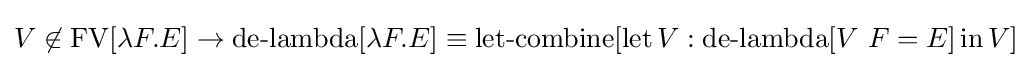
V\not \in \operatorname {FV} [\lambda F.E]\to \operatorname {de-lambda} [\lambda F.E]\equiv \operatorname {let-combine} [\operatorname {let} V:\operatorname {de-lambda} [V\ F=E]\operatorname {in} V]